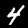
Label: 4